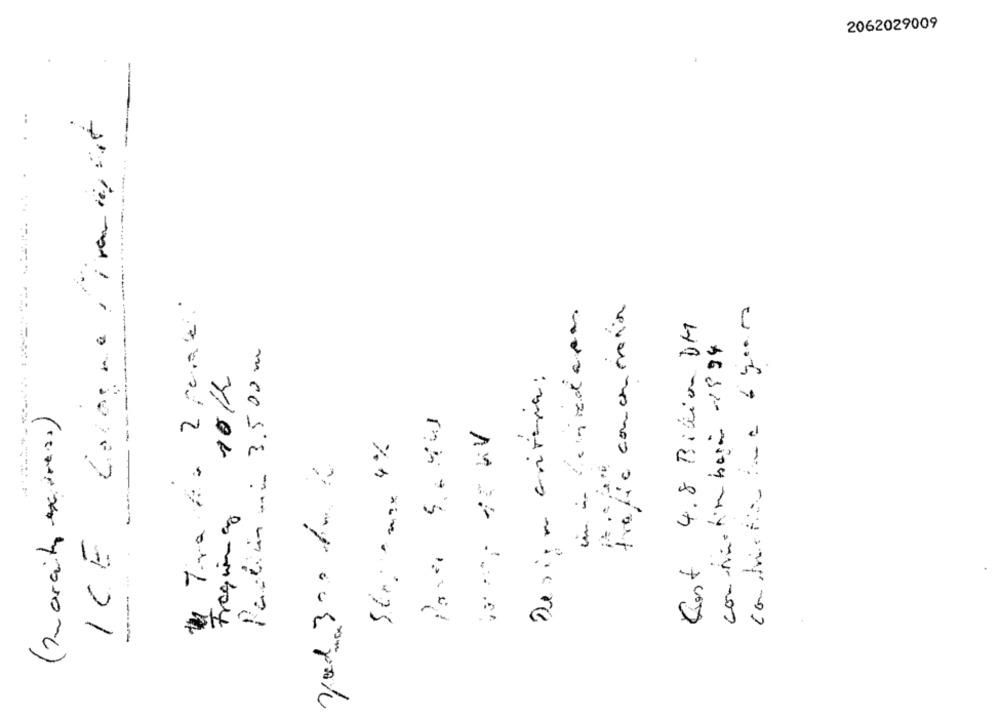
2062029009
ICE Cologne diamant
Tiva la 2 penali
trafic concernera
construction ina 6 years
Cost 4.8 Billion DM
connection base -1994
Partiin min 3.500 m
10th
Design criteria:
-
str; - max 4%
Yoed 300 Am 2
r
-